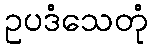
ဥပဒံသေတုံ